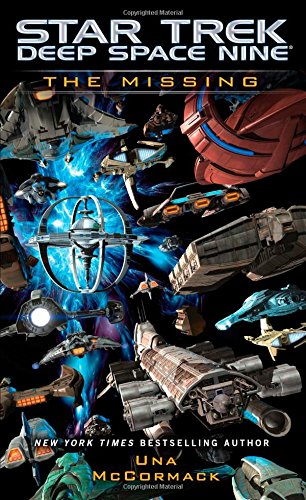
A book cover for Star Trek: Deep Space Nine: The Missing; Una McCormack; Science Fiction & Fantasy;